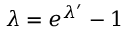
\lambda = e ^ { \lambda ^ { \prime } } - 1